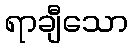
ရာချီသော